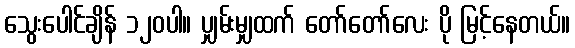
သွေးပေါင်ချိန် ၁၂၀ပါ။ ပျှမ်းမျှထက် တော်တော်လေး ပို မြင့်နေတယ်။